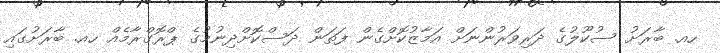
ހއ. ބާރަށު ސުކޫލުގެ ދަރިވަރުންނަށް އަމާޒުކޮށްގެން ފަތަން ދަސްކޮށްދިނުމުގެ ޕްރޮގްރާމެއް ހއ. ބާރަށުގައި